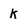
Character: k